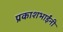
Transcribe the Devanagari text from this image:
प्रकाशभाईंनी